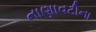
નાણાવટીના